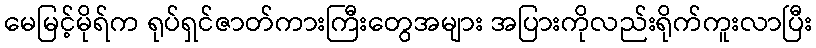
မေမြင့်မိုရ်က ရုပ်ရှင်ဇာတ်ကားကြီးတွေအများ အပြားကိုလည်းရိုက်ကူးလာပြီး